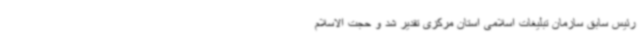
رئیس سابق سازمان تبلیغات اسلامی استان مرکزی تقدیر شد و حجت الاسلام